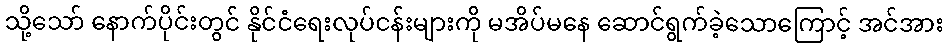
သို့သော် နောက်ပိုင်းတွင် နိုင်ငံရေးလုပ်ငန်းများကို မအိပ်မနေ ဆောင်ရွက်ခဲ့သောကြောင့် အင်အား